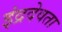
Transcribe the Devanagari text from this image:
इंद्रदेवता